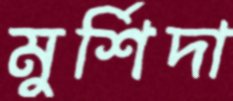
মুর্শিদা